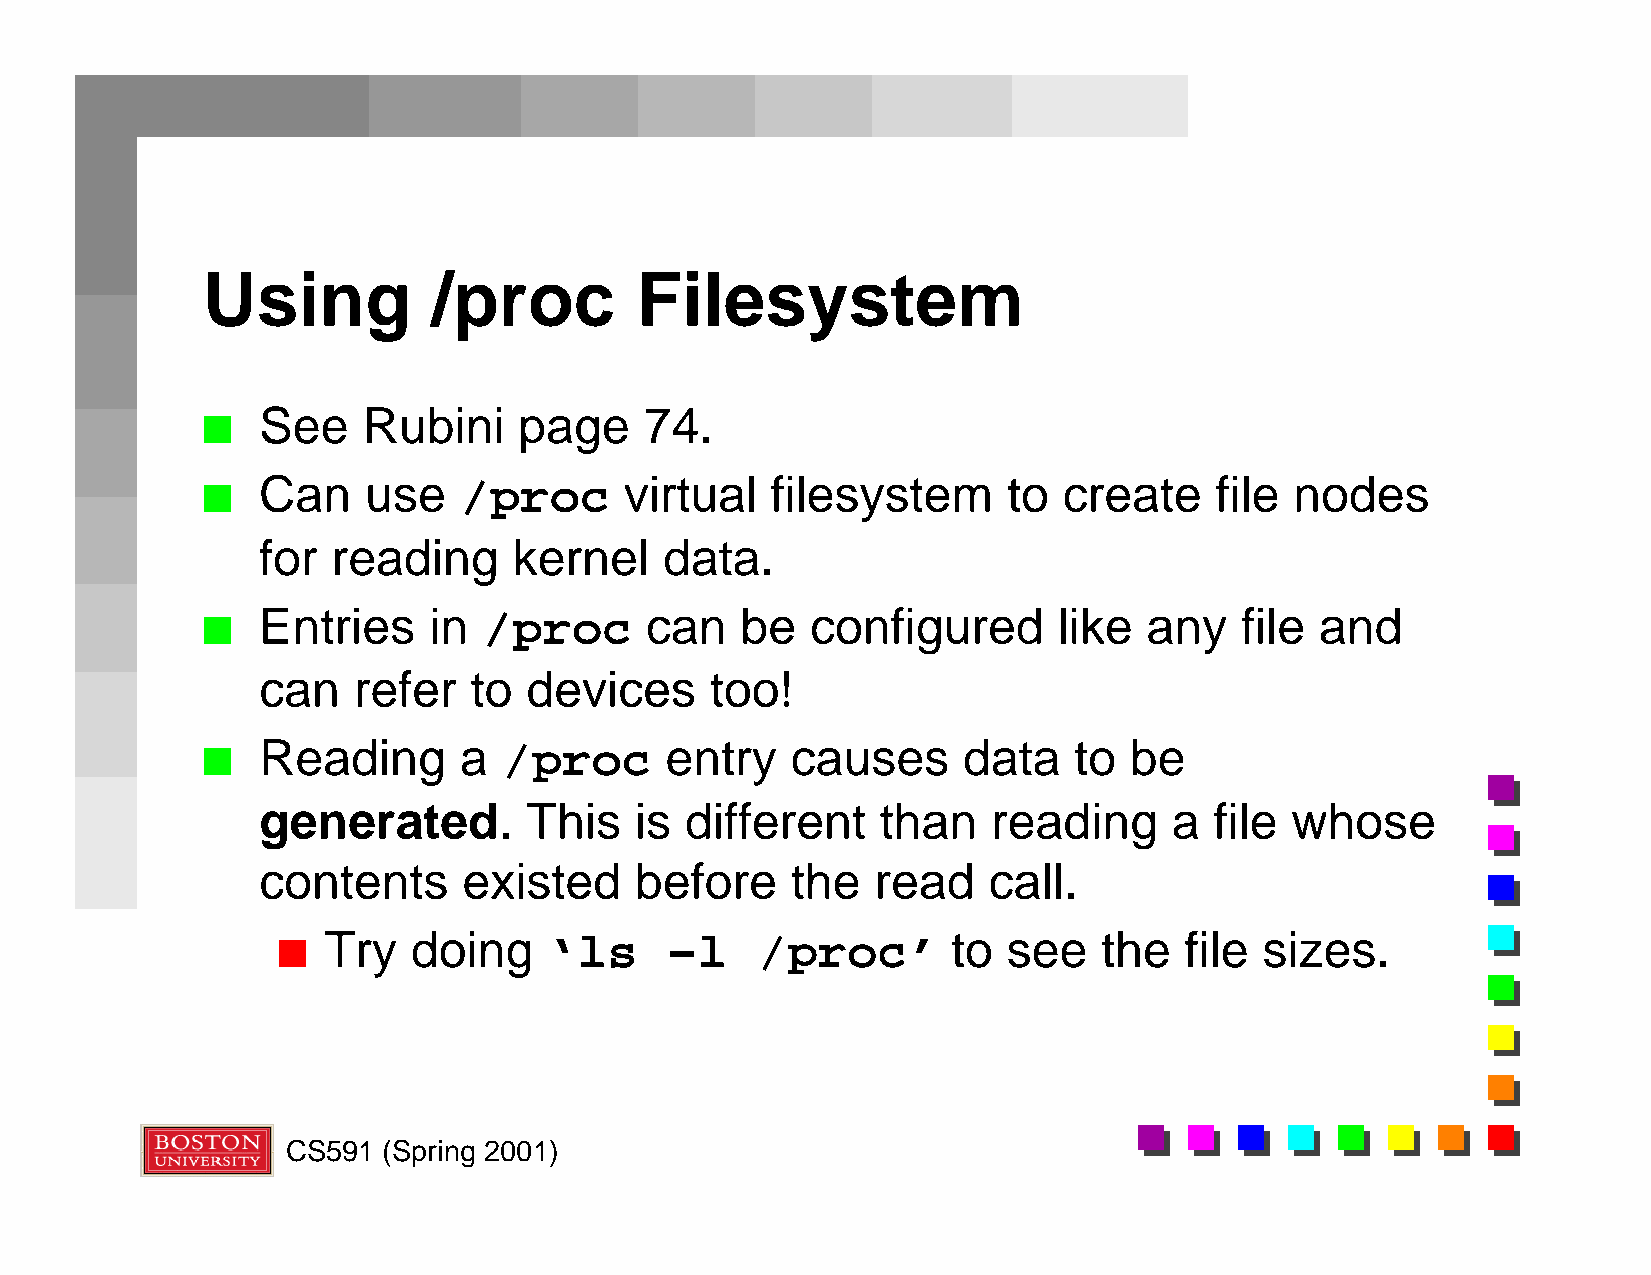
Using           /proc        Filesystem
 See    Rubini    page     74.
 n
 Can    use   /proc      virtual   filesystem      to create    file  nodes
 n
 for  reading     kernel    data.
 Entries    in  /proc      can   be   configured      like  any   file and
 n
 can   refer   to  devices     too!
 Reading      a  /proc      entry   causes      data   to  be
 n
 generated.        This   is different    than    reading     a file whose
 contents      existed    before    the   read   call.
 Try   doing    ‘ls     –l    /proc’       to  see   the  file  sizes.
 n
 CS591 (Spring 2001)